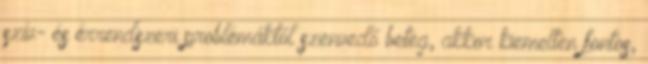
szív- és érrendszeri problémáktól szenvedő beteg, akkor kiemelten fontos,